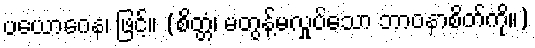
ပယောဂေန၊ ဖြင့်။ (စိတ္တံ၊ မတွန့်မလှုပ်သော ဘာဝနာစိတ်ကို။)